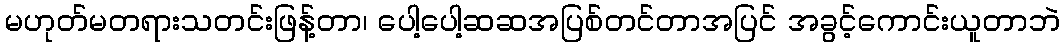
မဟုတ်မတရားသတင်းဖြန့်တာ၊ ပေါ့ပေါ့ဆဆအပြစ်တင်တာအပြင် အခွင့်ကောင်းယူတာဘဲ